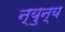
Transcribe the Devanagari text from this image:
न्युन्य